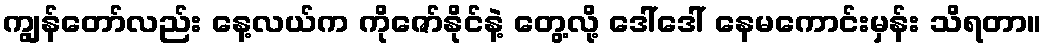
ကျွန်တော်လည်း နေ့လယ်က ကိုဇော်နိုင်နဲ့ တွေ့လို့ ဒေါ်ဒေါ် နေမကောင်းမှန်း သိရတာ။